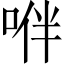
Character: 𠴞